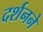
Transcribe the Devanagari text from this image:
दर्शनने